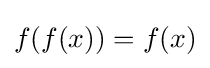
f(f(x))=f(x)